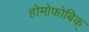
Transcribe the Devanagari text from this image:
होमोफोबिक्